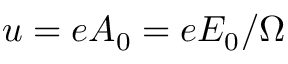
u = e A _ { 0 } = e E _ { 0 } / \Omega